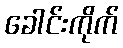
ခေါင်းကိုက်